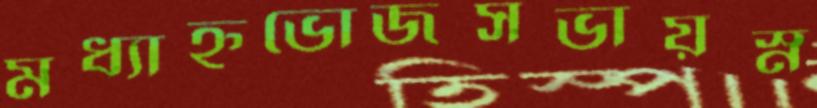
মধ্যাহ্নভোজসভায়স্ন